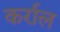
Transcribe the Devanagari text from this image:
कर्राल